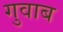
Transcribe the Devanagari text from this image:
गुवाब